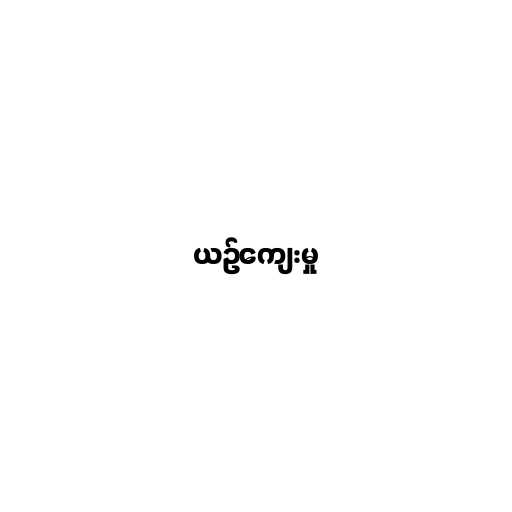
ယဉ်ကျေးမှု